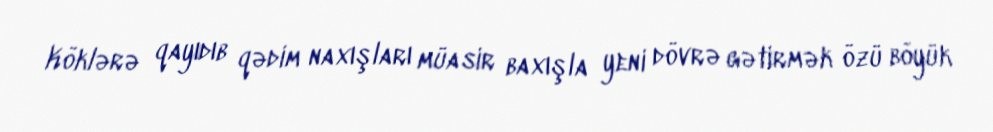
Köklərə qayıdıb qədim naxışları müasir baxışla yeni dövrə gətirmək özü böyük